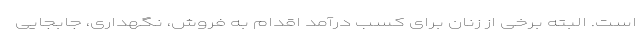
است. البته برخی از زنان برای کسب درآمد اقدام به فروش، نگهداری، جابجایی